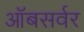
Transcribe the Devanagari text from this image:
ऑबसर्वर